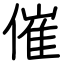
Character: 催